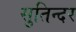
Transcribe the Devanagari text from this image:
सुतिन्दर